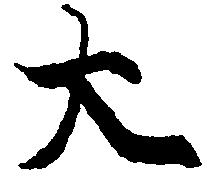
大